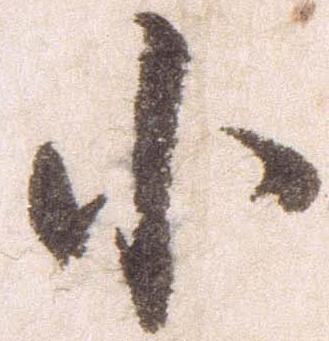
小